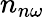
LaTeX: {n}_{n\omega}